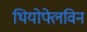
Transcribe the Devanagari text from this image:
थियोफ्लेविन